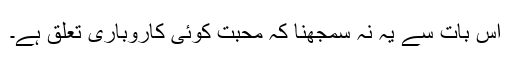
اس بات سے یہ نہ سمجھنا کہ محبت کوئی کاروباری تعلق ہے۔